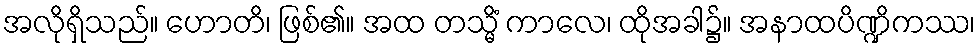
အလိုရှိသည်။ ဟောတိ၊ ဖြစ်၏။ အထ တသ္မိံ ကာလေ၊ ထိုအခါ၌။ အနာထပိဏ္ဍိကဿ၊